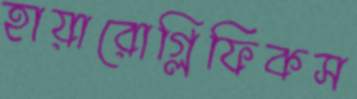
হায়ারোগ্লিফিকস